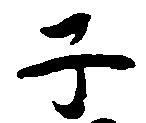
子